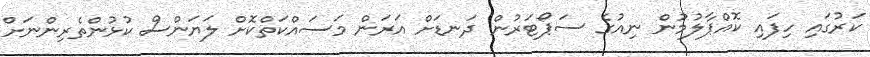
ކަރުގައި ހިފައި ކޮއްޕާލުުމުން ނިއުގެ ސަޕޯޓަރުން ދަނޑަށް އަރަން މަސައްކަތްކޮށް ލަޔަންސް ކުޅުންތެރިންނަށް